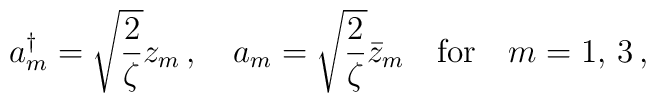
a^{\dagger}_m=\sqrt{\frac{2}{\zeta}}z_m\,,\quad  a_m=\sqrt{\frac{2}{\zeta}}\bar{z}_m\quad\textrm{for}\quad m=1,\,3\,,